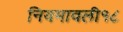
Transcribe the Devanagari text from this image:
नियमावली१८